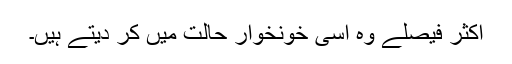
اکثر فیصلے وہ اسی خونخوار حالت میں کر دیتے ہیں۔